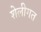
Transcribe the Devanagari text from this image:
शेलीगत